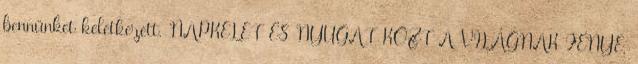
bennünket keletkezett. NAPKELET ÉS NYUGAT KÖZT A VILÁGNAK FÉNYE,